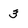
Character: 3